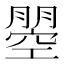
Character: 𭩇